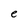
Character: e